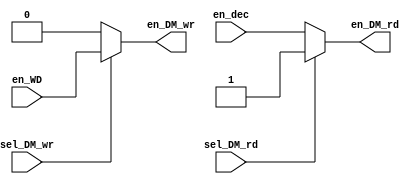
`timescale 1ns / 1ps

/*
mux_mem performs enabling Data_Memory read/write according to select inputs.
*/

module mux_mem(en_dec, en_WD, sel_DM_rd, sel_DM_wr, en_DM_rd, en_DM_wr);

  input   en_dec,en_WD;		//enable signals
  input   sel_DM_rd;        //MUX select for Data_Memory read enable
  input   sel_DM_wr;        //MUX select for Data_Memory write enable
  output  en_DM_rd;         //Data_Memory read enable
  output  en_DM_wr;         //Data_Memory write enable

  assign  en_DM_wr  = (sel_DM_wr==1) ? en_WD : 1'b0;

  assign  en_DM_rd  = (sel_DM_rd==0) ? en_dec : 1'b1;

endmodule